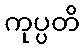
ကုပ္ပတိ